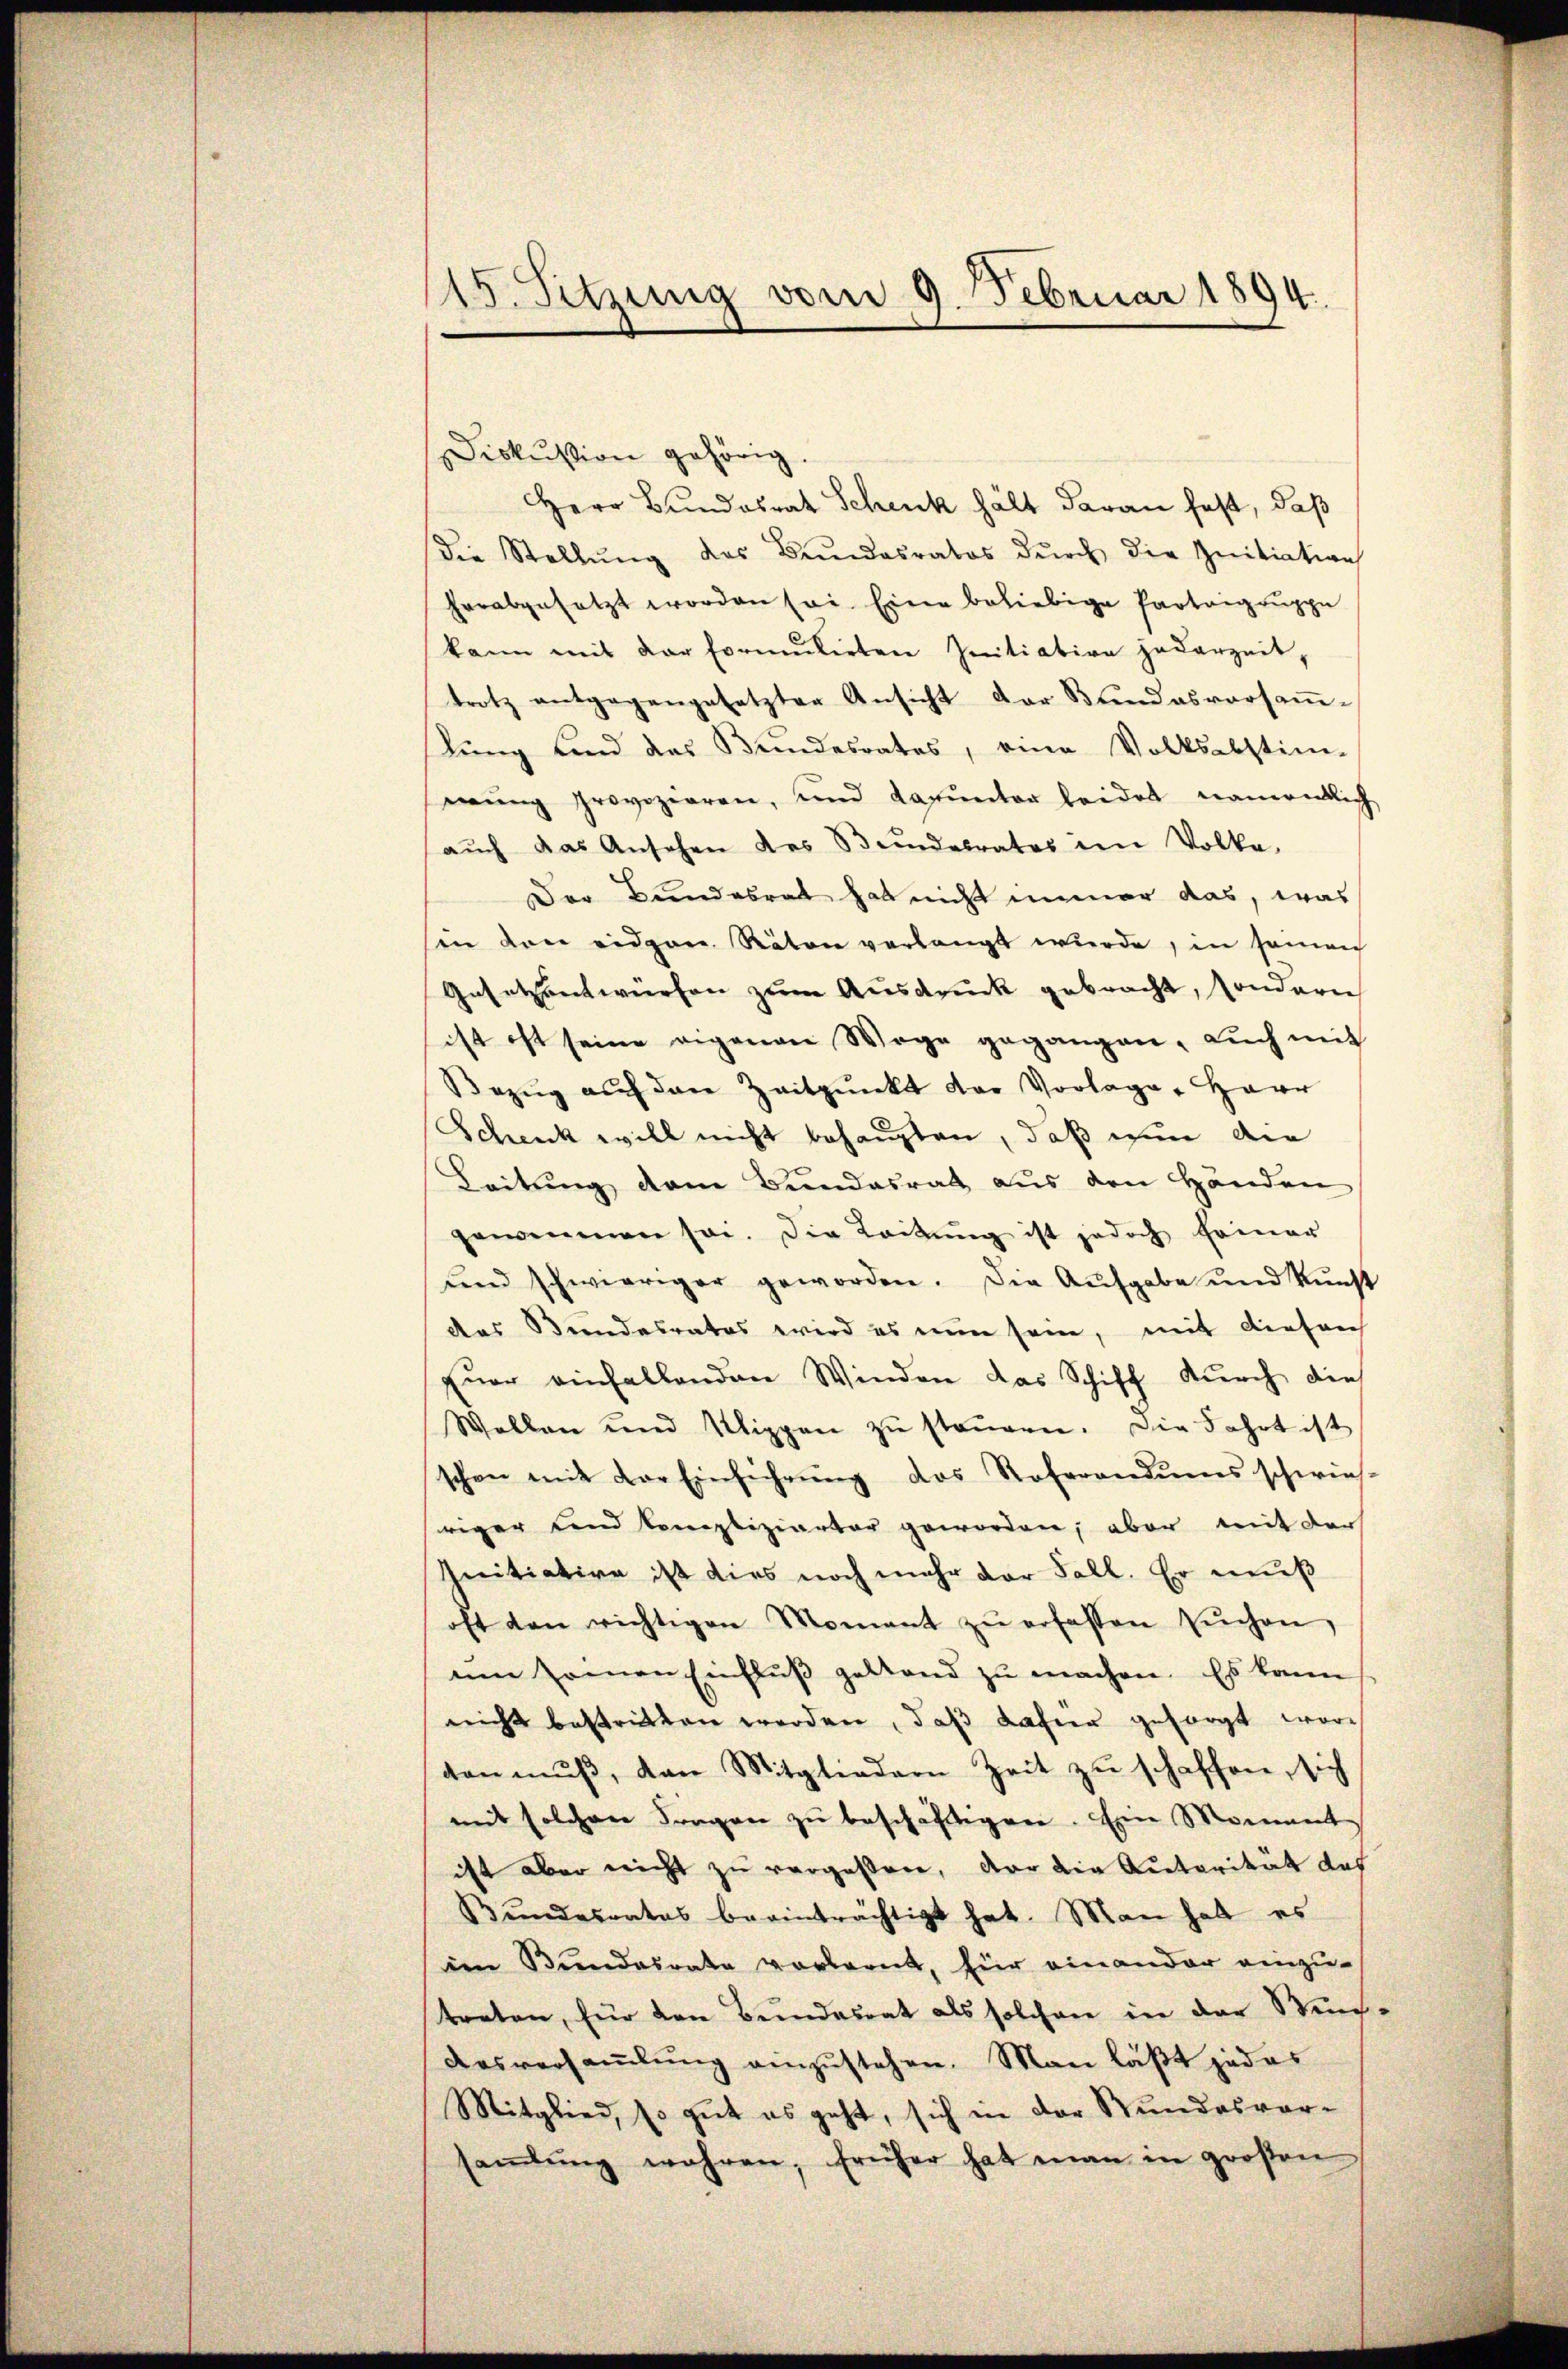
15. Sitzung vom 9. Februar 1894.

Diskussion gehörig.
Herr Bundesrat Schenk hält daran fest, daß
die Stellŭng des Bundesratos dŭrch die Initiation
herabgesetzt worden sei. Eine beliebige Parteigaŭppe
kann mit der Formulirten Initiation jederzeit,
trotz entgegengesetzter Ansicht der Bŭndesversaṁ-
lung und das Bundesrates, eine Volksabstim-
mŭng provozieren, und darunter leidet namentlich
aŭch das Ansehen des Bundesrates in Volke.
Der Bundesrat hat nicht immer das, was
in von eidgen. Räten verlangt wurde, in seinen
Gesetzentwürfen zum Ausdruck gebracht, sondern
ist ist seine eigenen Wege gegangen. Lŭch mit
Bezŭg aŭf den Zeitpunkt der Vorlage, Herr
Schenk will nicht behaupten, daß nun die
Leitung dem Bundesrath aus den Händen
genommen sei. Die Leitŭng ist jedoch feiner
ŭnd schwieriger geworden. Die Aufgabe und Kŭnst
das Bundesrates wird es nun sein, mit diesen
Euer einfallenden Winden das Schiff durch die
Wollen und Klippen zŭ steŭern. Die Fahrt ist
schen mit der Einführŭng des Referandums schwies-
riger und Complizierter geworden, aber mit der
Initiation ist dies noch mehr der Fall. Er muß
oft den richtigen Moment zŭ erfassen sŭchen,
um seinen Einflŭβ geltend zŭ machen. Es kann
nicht bestritten werden, daß dahier gesorgt worgen mŭβ, van Mitgliedern Zeit zŭ schaffen, sich
mit solchen Fragen zŭ beschäftigen. Eine Moment
ist aber nicht zu vergassen, der die Autorität das
Bundesrates beeinträchtigt hat. Man hat es
im Bundesrate vorlernt, für einander einzutreten, für den Bundesrat als solchen in der Stun¬
Aasversaṁlŭng einzŭstehen. Man läßt jedes
Mitglied, so gut es geht, sich in der Stundesversaṁlŭng wahren, früher hat man in großen